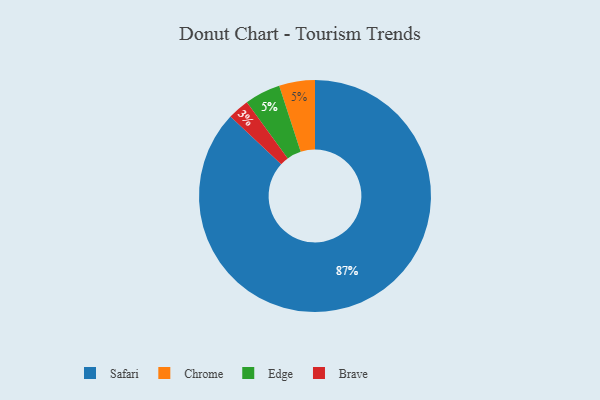
{"axis": {"x": "Category", "y": "Percentage"}, "legend": ["Brave", "Chrome", "Edge", "Safari"], "data": [{"x": "Chrome", "y": 5, "type": "Chrome"}, {"x": "Brave", "y": 3, "type": "Brave"}, {"x": "Edge", "y": 5, "type": "Edge"}, {"x": "Safari", "y": 87, "type": "Safari"}]}